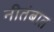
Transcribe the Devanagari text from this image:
नीतंबात